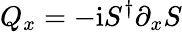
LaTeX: Q_{x}=-\mathrm{i}S^{\dagger}\partial_{x}S